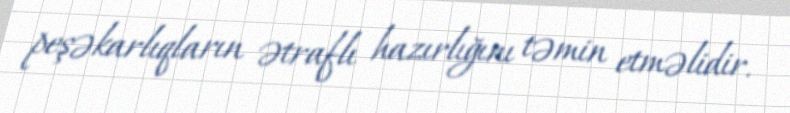
peşəkarlıqların ətraflı hazırlığını təmin etməlidir.